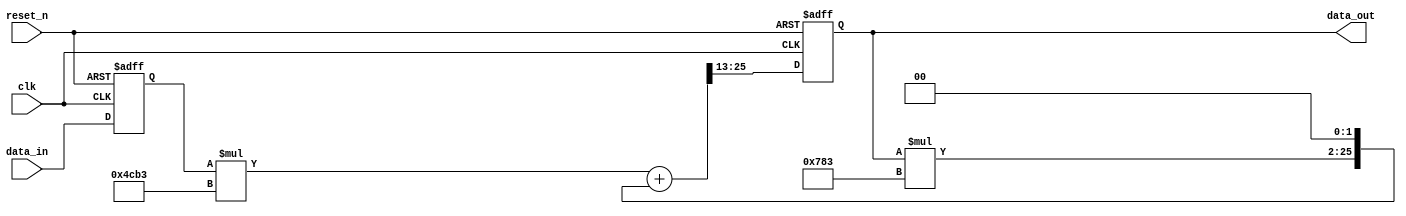
module IIR_filter_1st_dr (
    input wire                clk,
    input wire                reset_n,
    input  signed [7:0]      data_in, //S2.6
    output signed [12:0]     data_out //S25.-12
);

//scale
wire signed [22:0] x_mul; // S22.1
wire signed [23:0]  y_mul;  // S25.-1

// summing
wire signed [25:0] sum_out; // S25.1

// registers
reg signed [7:0]    x;  //S2.6
reg signed [12:0]  y; //S25.-12

//coefficients
wire signed [15:0]   x_coeff = 'b0100110010110011; // S21.-5
wire signed [11:0]  y_coeff = 'b011110000011;  // S1.11
always @(posedge clk, negedge reset_n) begin
    if (!reset_n) begin
        x <= 'b0;
        y <= 'b0;
    end else begin
        x <= data_in;
        y <= $signed(sum_out[25:13]);
    end
end

// multiplication
assign x_mul      = x*x_coeff;
assign y_mul      = y*y_coeff;

// summation
assign sum_out = x_mul + $signed({y_mul,2'b00});

assign data_out = y;


    
endmodule